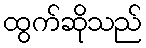
ထွက်ဆိုသည်